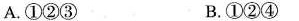
A.①②③ B.①②④